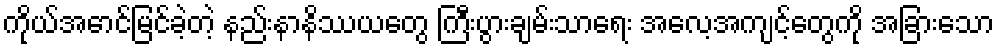
ကိုယ်အောင်မြင်ခဲ့တဲ့ နည်းနာနိဿယတွေ ကြီးပွားချမ်းသာရေး အလေ့အကျင့်တွေကို အခြားသော